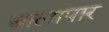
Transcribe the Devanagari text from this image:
बालापार